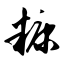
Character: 糠